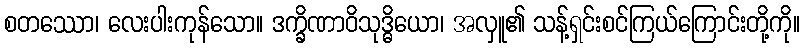
စတဿော၊ လေးပါးကုန်သော။ ဒက္ခိဏာဝိသုဒ္ဓိယော၊ အလှူ၏ သန့်ရှင်းစင်ကြယ်ကြောင်းတို့ကို။